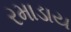
રમાડાય